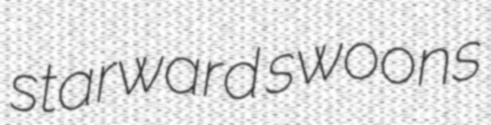
starward swoons